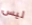
ليس